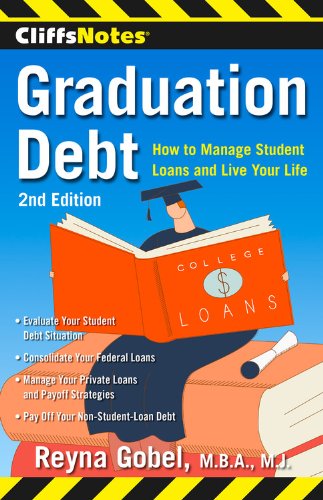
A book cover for CliffsNotes Graduation Debt: How to Manage Student Loans and Live Your Life, 2nd Edition; Reyna Gobel; Education & Teaching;